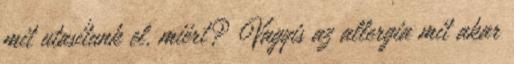
mit utasítunk el, miért? Vagyis az allergia mit akar